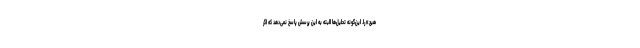
هیچ» را. این‌گونه تحلیل‌ها البته به این پرسش پاسخ نمی‌دهد که اگر